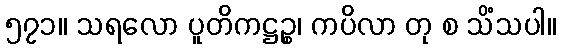
၅၇၁။ သရလော ပူတိကဋ္ဌဉ္စ၊ ကပိလာ တု စ သိံသပါ။